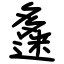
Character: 𡗅